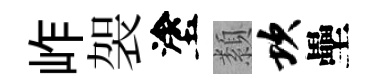
岞袈塗纇坎壘